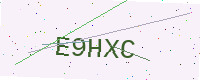
Text: E9HXC